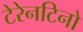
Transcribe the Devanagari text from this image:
टेरेनटिनो